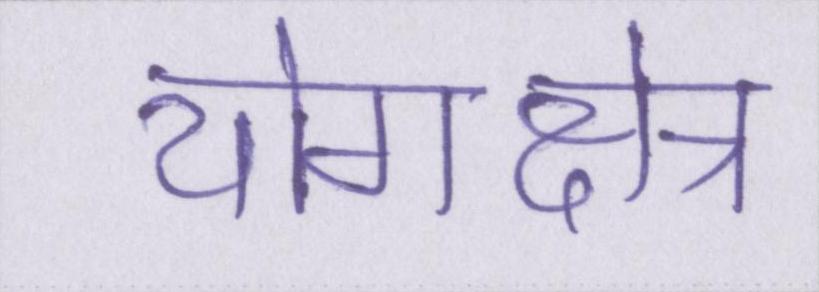
योगक्षेत्र